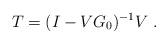
LaTeX: \begin{align*}T = (I - V G_0)^{-1} V \ .\end{align*}